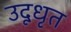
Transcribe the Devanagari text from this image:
उदूधृत